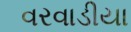
વરવાડીયા